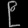
Digit: ၉